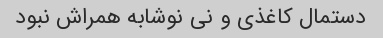
دستمال کاغذی و نی نوشابه همراش نبود